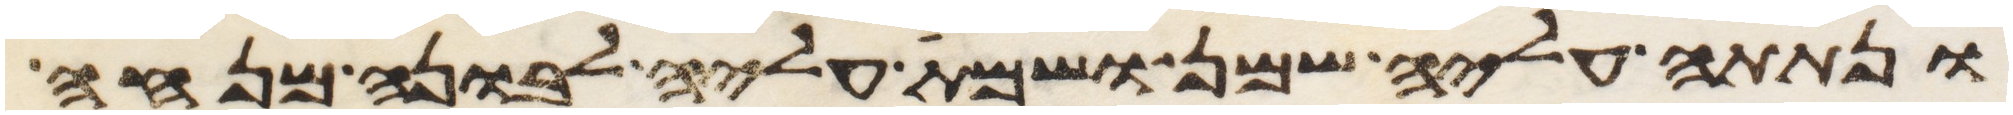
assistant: ונתתה עליה שמן ושמת עליה לבונה מנחה